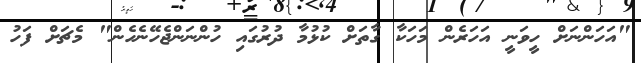
"އަހަންނަށް ހީވަނީ އަހަރެން މަހަކާ ގާތަށް ކުޅުމާ ދުރުގައި ހުންނަންޖެހޭނެހެން" މެޗަށް ފަހު